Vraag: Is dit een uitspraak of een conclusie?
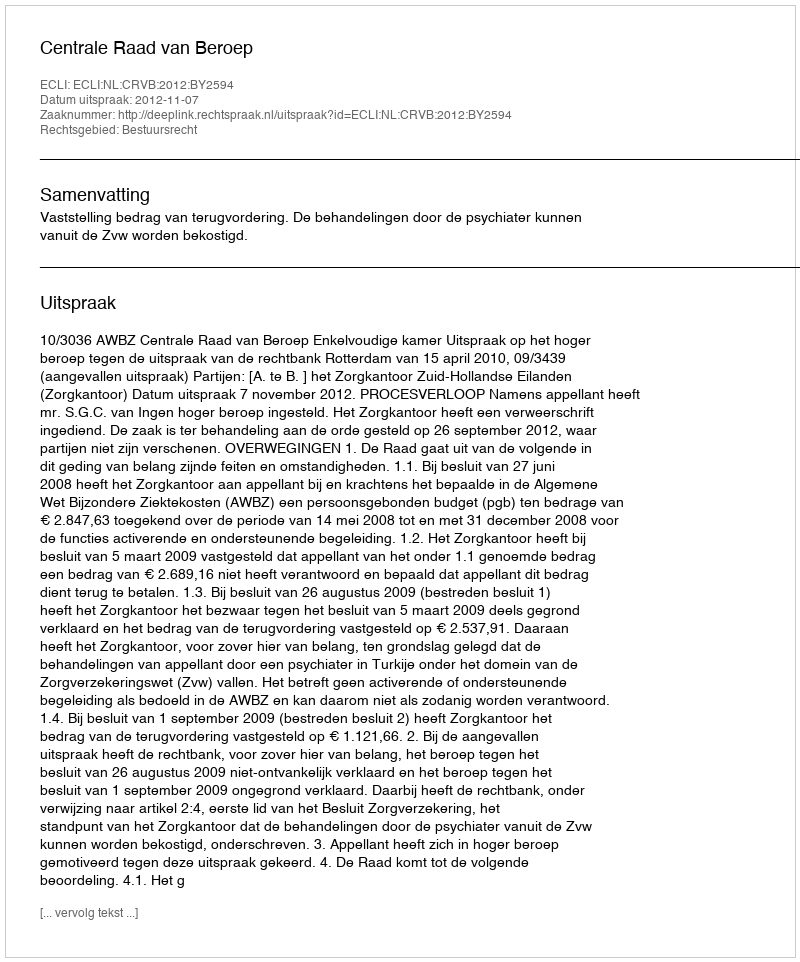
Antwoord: Uitspraak